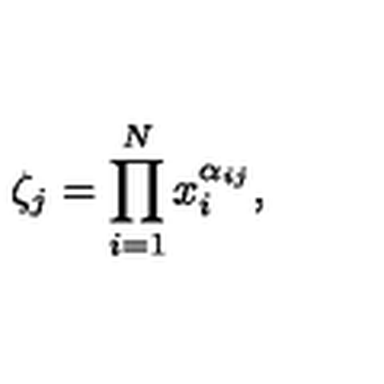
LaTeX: \zeta _ { j } = \prod _ { i = 1 } ^ { N } x _ { i } ^ { \alpha _ { i j } } ,